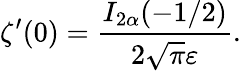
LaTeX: \zeta^{\prime}(0)=\frac{I_{2\alpha}(-1/2)}{2\sqrt\pi\varepsilon}{.}